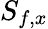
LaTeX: S_{f,x}